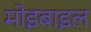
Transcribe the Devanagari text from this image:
मोइबाइल